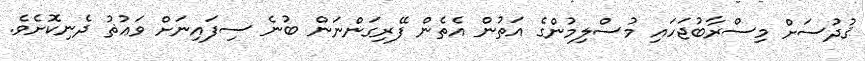
ޤުދުސަށް މިސްރާބުޖަހައި މުސްލިމުންގެ އަތުން އެތެން ފޭރިގަންނަން ބުނެ ސިފައިނަށް ވަޢުޡު ދެނިކޮށެވެ.